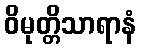
ဝိမုတ္တိသာရာနံ